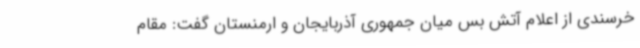
خرسندی از اعلام آتش بس میان جمهوری آذربایجان و ارمنستان گفت: مقام